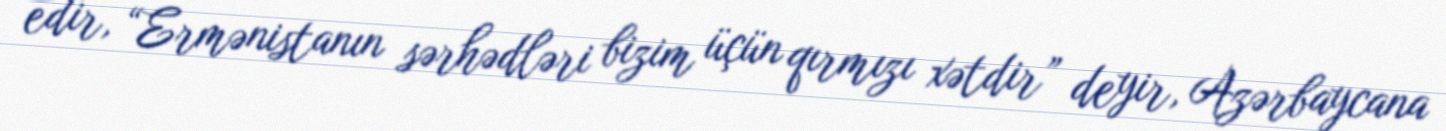
edir, “Ermənistanın sərhədləri bizim üçün qırmızı xətdir” deyir, Azərbaycana